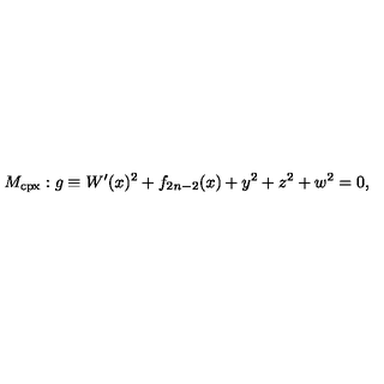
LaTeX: M _ { \mathrm { c p x } } : g \equiv W ^ { \prime } ( x ) ^ { 2 } + f _ { 2 n - 2 } ( x ) + y ^ { 2 } + z ^ { 2 } + w ^ { 2 } = 0 ,